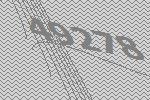
49278